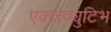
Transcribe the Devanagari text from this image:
एक्जेक्युटिभ